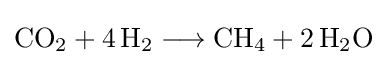
{\mathrm {CO} {\vphantom {A}}_{\smash[{t}]{2}}{}+{}4\,\mathrm {H} {\vphantom {A}}_{\smash[{t}]{2}}{}\mathrel {\longrightarrow } {}\mathrm {CH} {\vphantom {A}}_{\smash[{t}]{4}}{}+{}2\,\mathrm {H} {\vphantom {A}}_{\smash[{t}]{2}}\mathrm {O} }